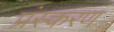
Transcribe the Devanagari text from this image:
प्रंस्करण